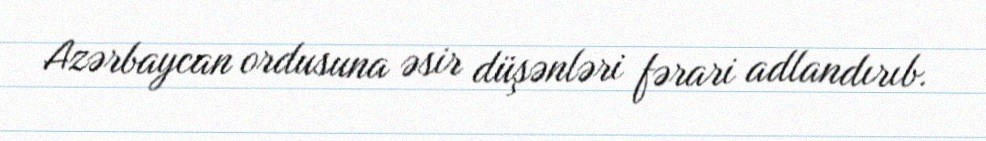
Azərbaycan ordusuna əsir düşənləri fərari adlandırıb.